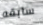
سابقه